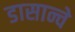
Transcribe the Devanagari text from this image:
डासान्चे